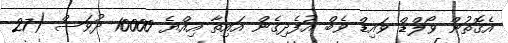
އެގޮތުން ވޯލްޑް ވައިޑް ވެބް އުފެދިގެން އައިތާ އިއްޔެ 10000 ދުވަސް (27